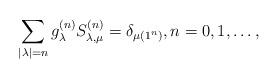
LaTeX: \begin{align*} \sum_{|\lambda| = n} g^{(n)}_{\lambda} S^{(n)}_{\lambda,\mu} = \delta_{\mu (1^n)}, n = 0, 1, \dots, \end{align*}